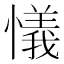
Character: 𢣂